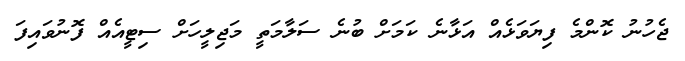
ޖެހުނު ކޮންމެ ފިޔަވަޅެއް އަޅާނެ ކަމަށް ބުނެ ސަލާމަތީ މަޖިލީހަށް ސިޓީއެއް ފޮނުވައިފަ